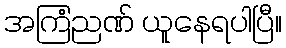
အကြံညဏ် ယူနေရပါပြီ။